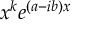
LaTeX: x ^ { k } e ^ { ( a - i b ) x }